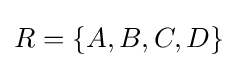
R=\{A,B,C,D\}